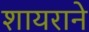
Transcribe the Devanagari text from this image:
शायराने